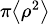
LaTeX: \scriptstyle\pi\left\langle\rho^{2}\right\rangle